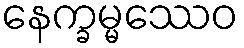
နေက္ခမ္မဿေဝ